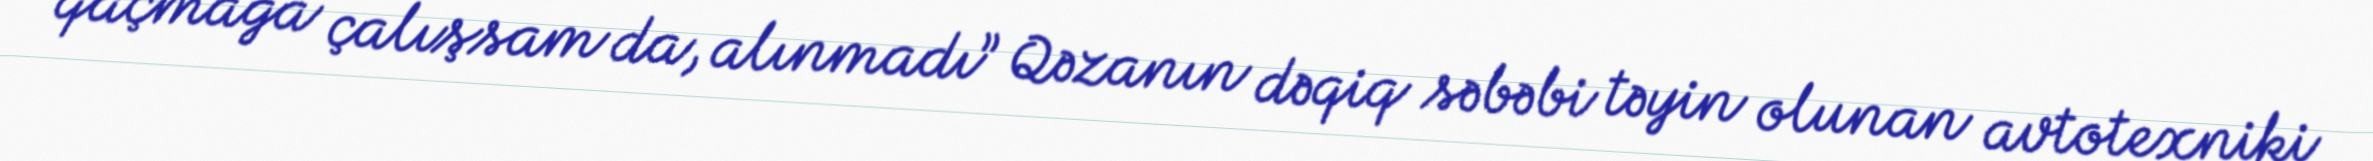
qaçmağa çalışsam da, alınmadı” Qəzanın dəqiq səbəbi təyin olunan avtotexniki